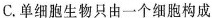
C.单细胞生物只由一个细胞构成